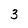
Character: 3